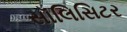
સૉલિસિટર